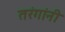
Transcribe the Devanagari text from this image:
तरंगांनी